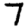
Digit: 7